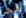
شخص